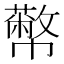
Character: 𢅷